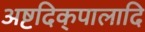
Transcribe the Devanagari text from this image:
अष्टदिक्‌पालादि